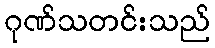
ဂုဏ်သတင်းသည်